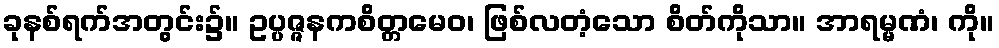
ခုနစ်ရက်အတွင်း၌။ ဥပ္ပဇ္ဇနကစိတ္တမေဝ၊ ဖြစ်လတံ့သော စိတ်ကိုသာ။ အာရမ္မဏံ၊ ကို။